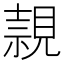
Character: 𧡘